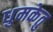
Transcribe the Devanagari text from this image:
धुमकेतु